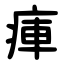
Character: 㾝